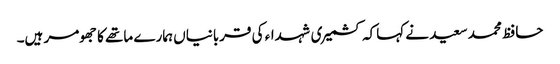
حافظ محمد سعید نے کہاکہ کشمیری شہداء کی قربانیاں ہمارے ماتھے کا جھومر ہیں۔